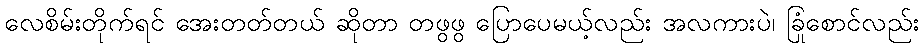
လေစိမ်းတိုက်ရင် အေးတတ်တယ် ဆိုတာ တဖွဖွ ပြောပေမယ့်လည်း အလကားပဲ၊ ခြုံစောင်လည်း